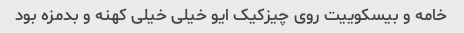
خامه و بیسکوییت روی چیزکیک ایو خیلی خیلی کهنه و بدمزه بود